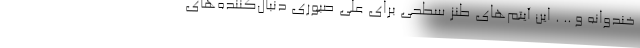
خندوانه و .. . این آیتم‌های طنز سطحی برای علی صبوری دنبال‌کننده‌های